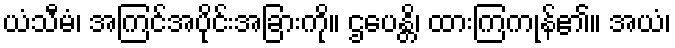
ယံသီမံ၊ အကြင်အပိုင်းအခြားကို။ ဌပေန္တိ၊ ထားကြကုန်၏။ အယံ၊